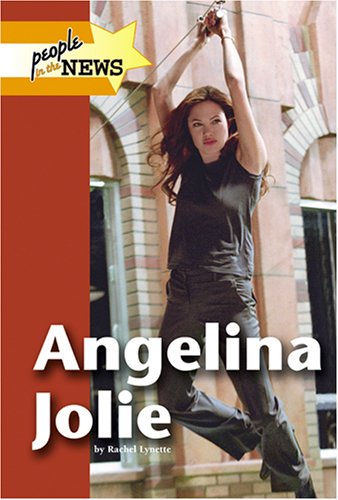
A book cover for Angelina Jolie (People in the News); Rachel Lynette; Teen & Young Adult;